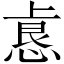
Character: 𫠺